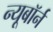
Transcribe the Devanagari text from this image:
न्यूबॉर्न